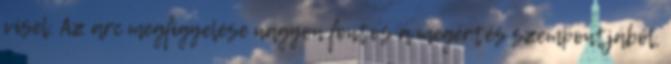
visel. Az arc megfigyelése nagyon fontos a megértés szempontjából,